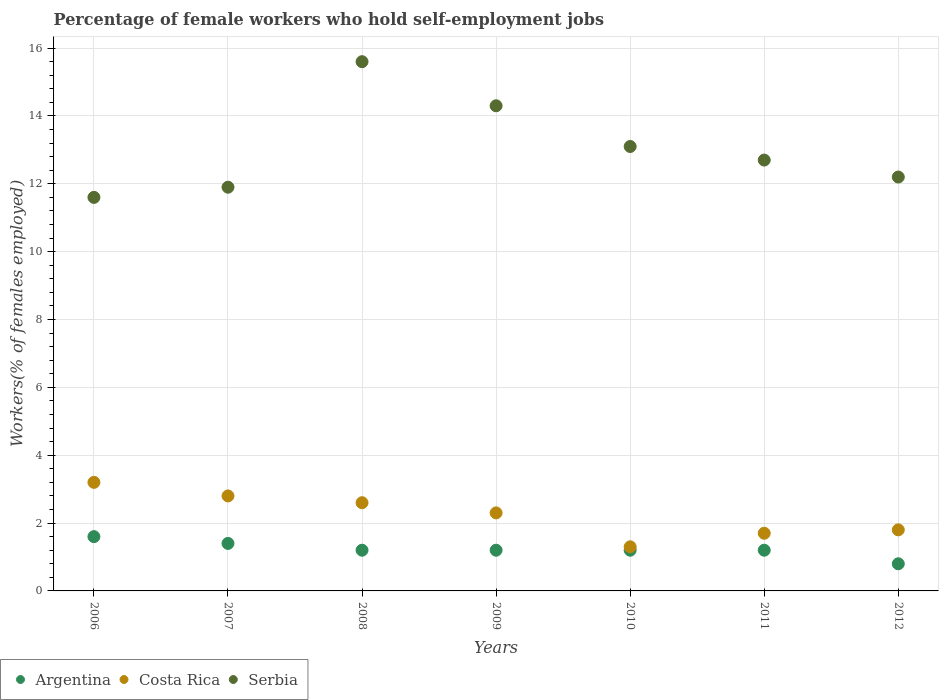
| Years | Argentina | Costa Rica | Serbia |
 | --- | --- | --- | --- |
 | 2006 | 1.6 | 3.2 | 11.6 |
 | 2007 | 1.4 | 2.8 | 11.9 |
 | 2008 | 1.2 | 2.6 | 15.6 |
 | 2009 | 1.2 | 2.3 | 14.3 |
 | 2010 | 1.2 | 1.3 | 13.1 |
 | 2011 | 1.2 | 1.7 | 12.7 |
 | 2012 | 0.8 | 1.8 | 12.2 |